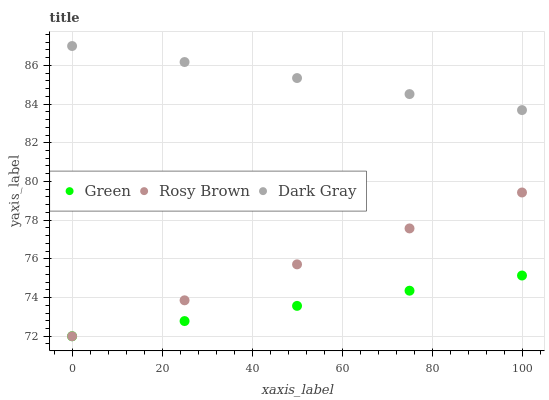
| xaxis_label | Green | Rosy Brown | Dark Gray |
 | --- | --- | --- | --- |
 | 0 | 72 | 72 | 87 |
 | 25 | 72.8 | 73.9 | 86.2 |
 | 50 | 73.6 | 75.7 | 85.3 |
 | 75 | 74.4 | 77.6 | 84.5 |
 | 100 | 75.1 | 79.4 | 83.7 |